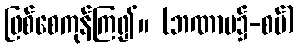
ဖြစ်စေကုန်ကြ၍။ (ဘဏာမ၌-စပ်)